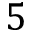
5